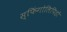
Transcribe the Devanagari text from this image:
स्फिंगोलिपिडों